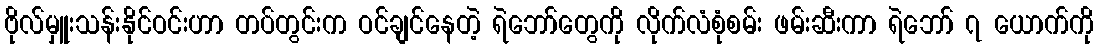
ဗိုလ်မှူးသန်းနိုင်ဝင်းဟာ တပ်တွင်းက ဝင်ချင်နေတဲ့ ရဲဘော်တွေကို လိုက်လံစုံစမ်း ဖမ်းဆီးကာ ရဲဘော် ၇ ယောက်ကို